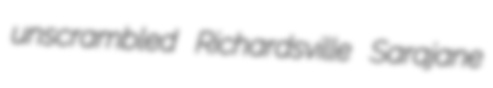
unscrambled Richardsville Sarajane